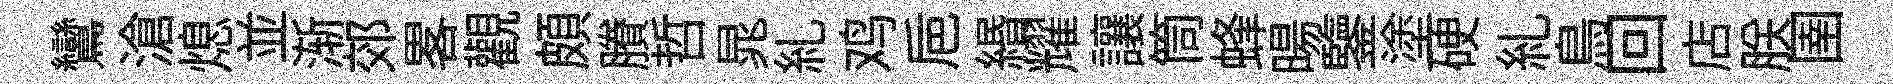
鸞滄熄並渐郊畧觀頗賸哲晁糺鸡巵緡耀讓筒蜂暘鑒塗硬糺鳥回店朕圉